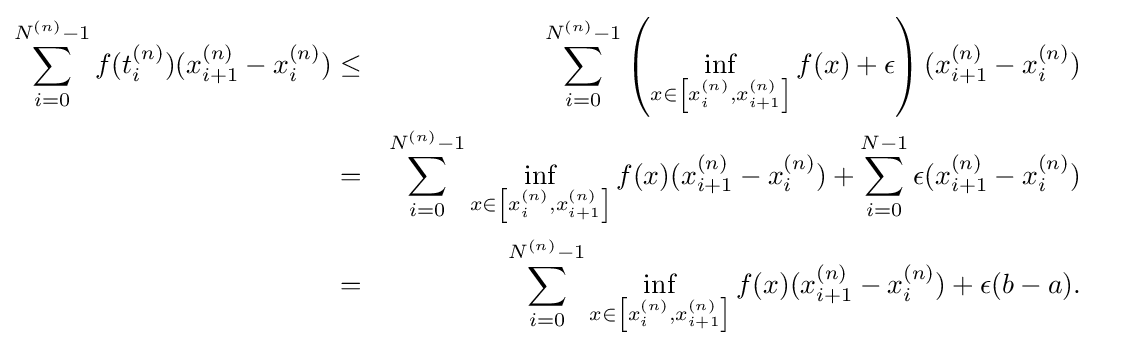
{\begin{aligned}\sum _{i=0}^{N^{(n)}-1}f(t_{i}^{(n)})(x_{i+1}^{(n)}-x_{i}^{(n)})&\leq &\sum _{i=0}^{N^{(n)}-1}\left(\inf _{x\in \left[x_{i}^{(n)},x_{i+1}^{(n)}\right]}f(x)+\epsilon \right)(x_{i+1}^{(n)}-x_{i}^{(n)})&\ \ \ \\&=&\sum _{i=0}^{N^{(n)}-1}\inf _{x\in \left[x_{i}^{(n)},x_{i+1}^{(n)}\right]}f(x)(x_{i+1}^{(n)}-x_{i}^{(n)})+\sum _{i=0}^{N-1}\epsilon (x_{i+1}^{(n)}-x_{i}^{(n)})\\&=&\sum _{i=0}^{N^{(n)}-1}\inf _{x\in \left[x_{i}^{(n)},x_{i+1}^{(n)}\right]}f(x)(x_{i+1}^{(n)}-x_{i}^{(n)})+\epsilon (b-a).\end{aligned}}